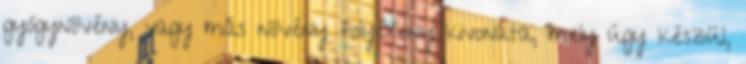
gyógynövény, vagy más növény folyékony kivonata, mely úgy készül,